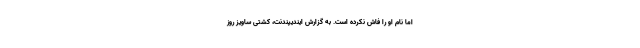
اما نام او را فاش نکرده است. به گزارش ایندیپندنت، کشتی ساویز روز